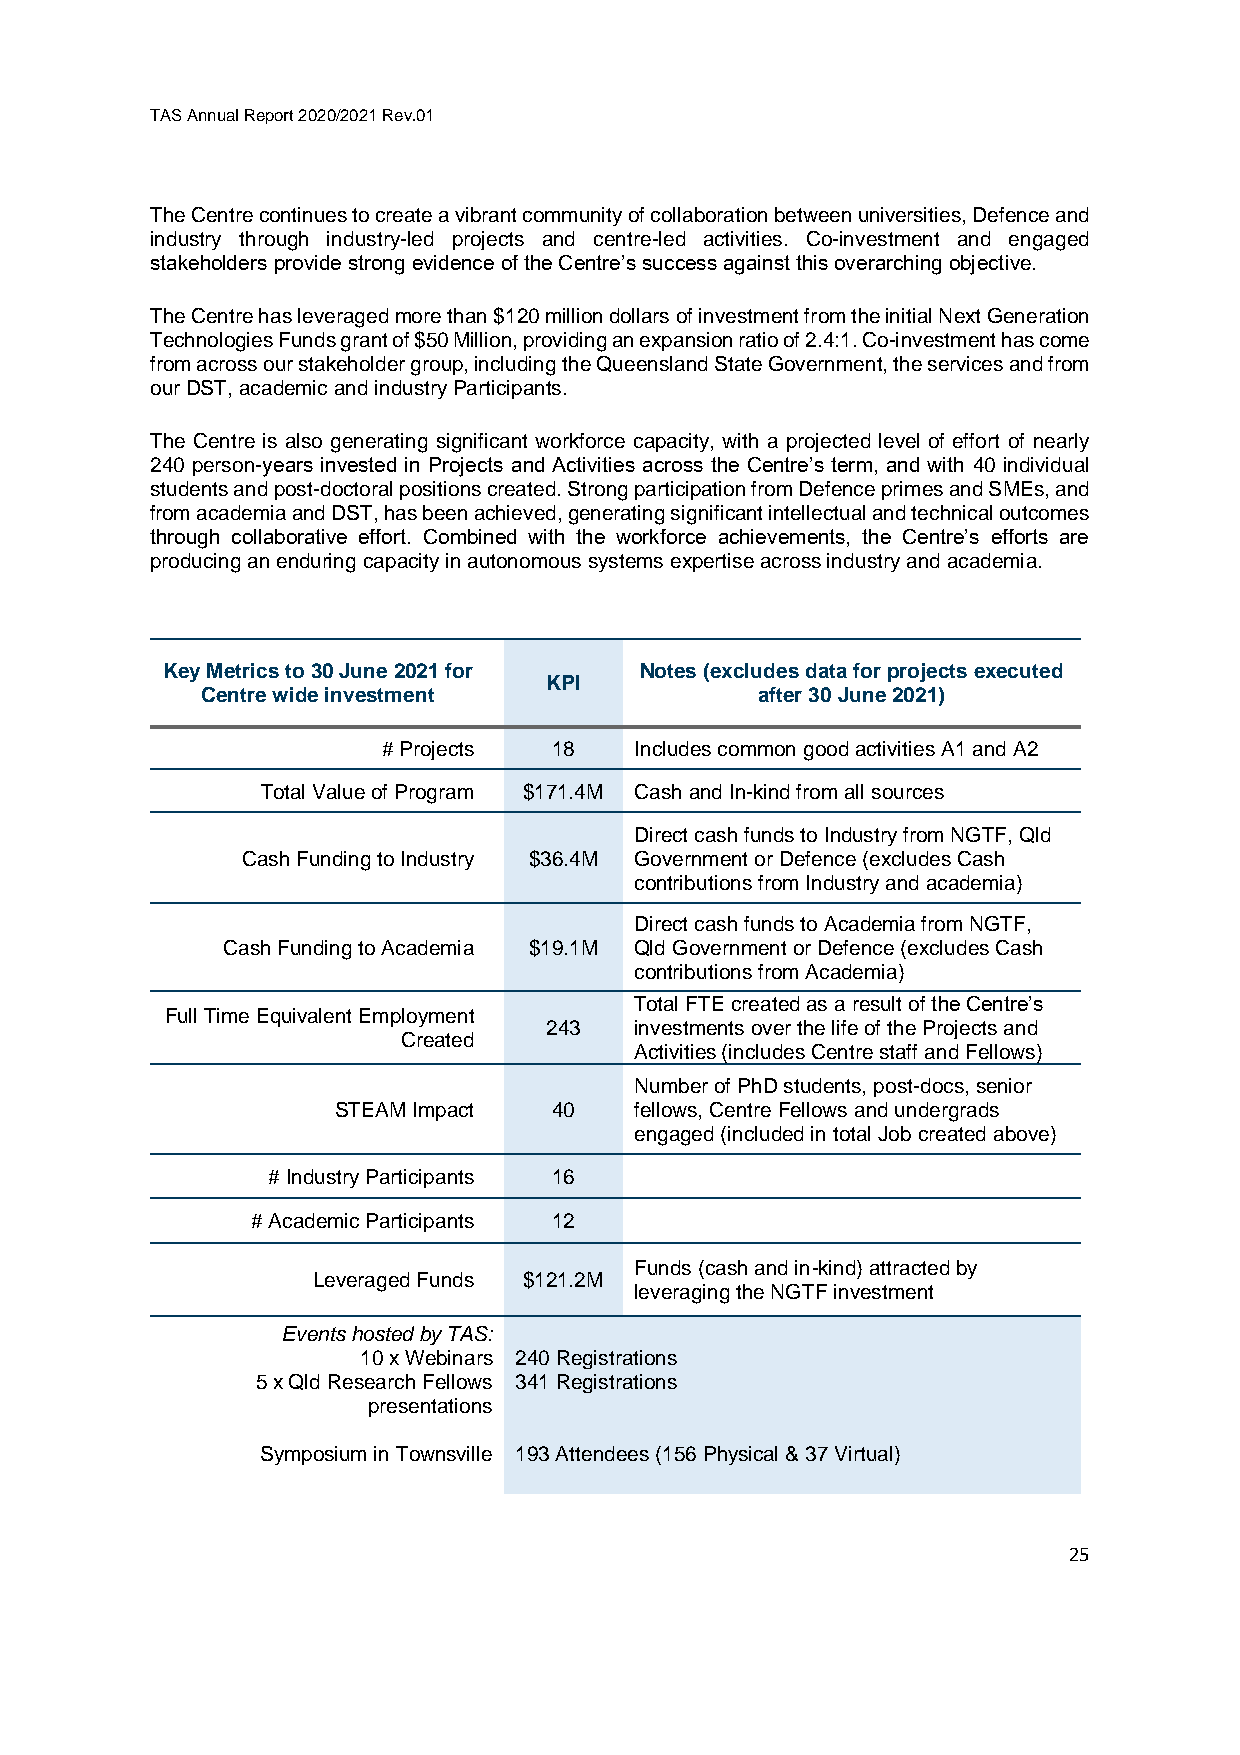
TAS Annual Report 2020/2021 Rev.01
 The Centre continues to create a vibrant community of collaboration between universities, Defence and
 industry through industry-led projects and centre-led activities. Co-investment and engaged
 stakeholders provide strong evidence of the Centre’s success against this overarching objective.
 The Centre has leveraged more than $120 million dollars of investment from the initial Next Generation
 Technologies Funds grant of $50 Million, providing an expansion ratio of 2.4:1. Co-investment has come
 from across our stakeholder group, including the Queensland State Government, the services and from
 our DST, academic and industry Participants.
 The Centre is also generating significant workforce capacity, with a projected level of effort of nearly
 240 person-years invested in Projects and Activities across the Centre’s term, and with 40 individual
 students and post-doctoral positions created. Strong participation from Defence primes and SMEs, and
 from academia and DST, has been achieved, generating significant intellectual and technical outcomes
 through collaborative effort. Combined with the workforce achievements, the Centre’s efforts are
 producing an enduring capacity in autonomous systems expertise across industry and academia.
 Key Metrics to 30 June 2021 for Notes (excludes data for projects executed
 KPI
 Centre wide investment               after 30 June 2021)
 # Projects  18   Includes common good activities A1 and A2
 Total Value of Program $171.4M Cash and In-kind from all sources
 Direct cash funds to Industry from NGTF, Qld
 Cash Funding to Industry $36.4M Government or Defence (excludes Cash
 contributions from Industry and academia)
 Direct cash funds to Academia from NGTF,
 Cash Funding to Academia $19.1M Qld Government or Defence (excludes Cash
 contributions from Academia)
 Total FTE created as a result of the Centre’s
 Full Time Equivalent Employment
 243   investments over the life of the Projects and
 Created
 Activities (includes Centre staff and Fellows)
 Number of PhD students, post-docs, senior
 STEAM Impact   40   fellows, Centre Fellows and undergrads
 engaged (included in total Job created above)
 # Industry Participants 16
 # Academic Participants 12
 Funds (cash and in-kind) attracted by
 Leveraged Funds $121.2M
 leveraging the NGTF investment
 Events hosted by TAS:
 10 x Webinars 240 Registrations
 5 x Qld Research Fellows 341 Registrations
 presentations
 Symposium in Townsville 193 Attendees (156 Physical & 37 Virtual)
 25